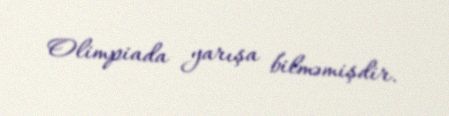
Olimpiada yarışa bilməmişdir.